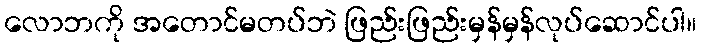
လောဘကို အတောင်မတပ်ဘဲ ဖြည်းဖြည်းမှန်မှန်လုပ်ဆောင်ပါ။